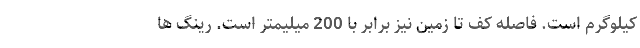
کیلوگرم است. فاصله کف تا زمین نیز برابر با 200 میلیمتر است. رینگ ها